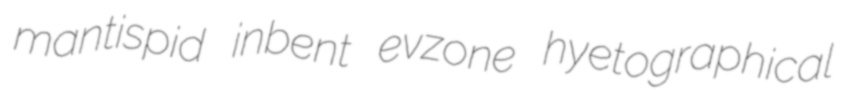
mantispid inbent evzone hyetographical